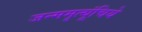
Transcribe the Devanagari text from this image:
जन्ममृत्यूंचिये